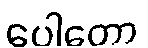
ပေါတော